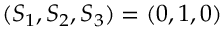
( S _ { 1 } , S _ { 2 } , S _ { 3 } ) = ( 0 , 1 , 0 )